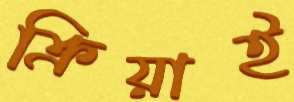
ক্রিয়াই